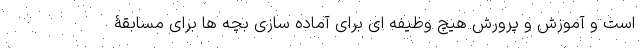
است و آموزش و پرورش هیچ وظیفه ای برای آماده سازی بچه ها برای مسابقۀ